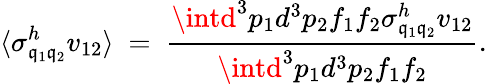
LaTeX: \langle\sigma_{\mathfrak{q}_{1}\mathfrak{q}_{2}}^{h}v_{12}\rangle\ =\ {\frac{{\intd^{3}p_{1}d^{3}p_{2}f_{1}f_{2}\sigma_{\mathfrak{q}_{1}\mathfrak{q}_{2}}^{h}v_{12}}}{{\intd^{3}p_{1}d^{3}p_{2}f_{1}f_{2}}}}.